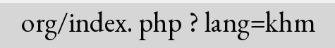
org/index. php ? lang=khm